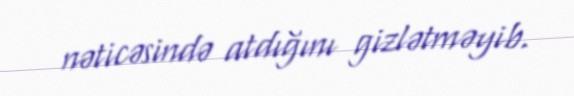
nəticəsində atdığını gizlətməyib.